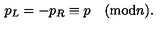
p _ { L } = - p _ { R } \equiv p \quad ( \mathrm { m o d } n ) .